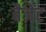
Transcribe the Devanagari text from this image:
बैजेंट